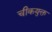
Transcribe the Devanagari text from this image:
चीकयुक्त